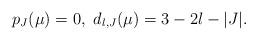
LaTeX: \begin{align*}p_J(\mu)=0,\ d_{l,J}(\mu)=3-2l-|J|.\end{align*}